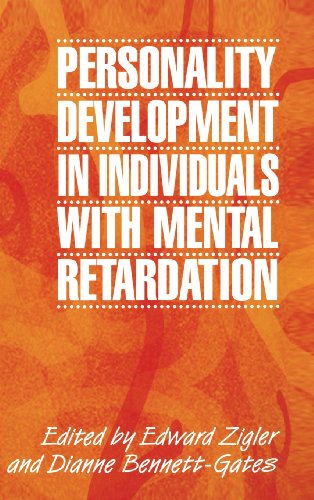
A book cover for Personality Development in Individuals with Mental Retardation; Health, Fitness & Dieting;